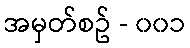
အမှတ်စဥ် - ၀၀၁